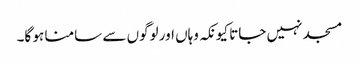
مسجد نہیں جاتا کیونکہ وہاں اور لوگوں سے سامنا ہو گا۔